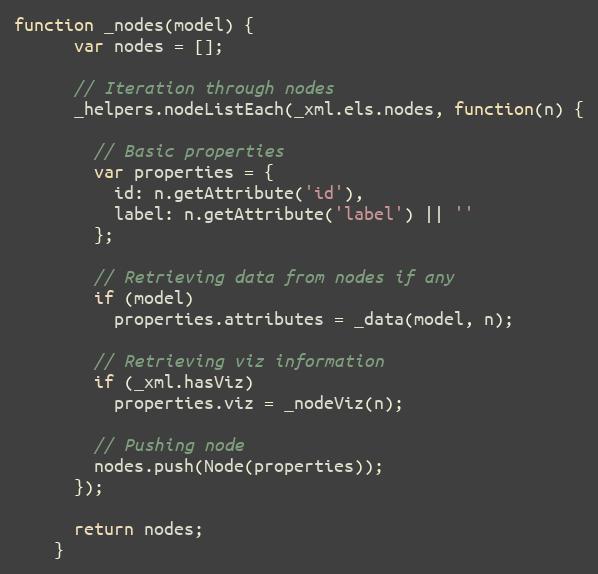
Language: JavaScript
function _nodes(model) {
      var nodes = [];

      // Iteration through nodes
      _helpers.nodeListEach(_xml.els.nodes, function(n) {

        // Basic properties
        var properties = {
          id: n.getAttribute('id'),
          label: n.getAttribute('label') || ''
        };

        // Retrieving data from nodes if any
        if (model)
          properties.attributes = _data(model, n);

        // Retrieving viz information
        if (_xml.hasViz)
          properties.viz = _nodeViz(n);

        // Pushing node
        nodes.push(Node(properties));
      });

      return nodes;
    }